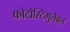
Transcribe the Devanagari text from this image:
फोटोस्टिमुलेबल